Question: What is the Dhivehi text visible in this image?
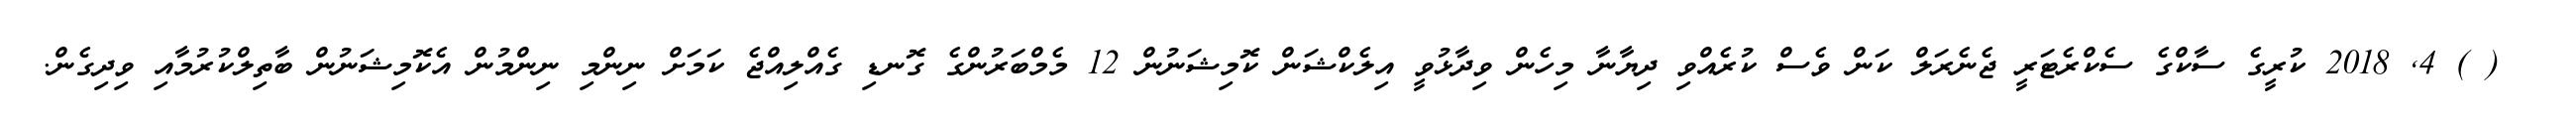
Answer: ? ( ) 4, 2018 ކުރީގެ ސާކްގެ ސެކްރެޓަރީ ޖެނެރަލް ކަން ވެސް ކުރެއްވި ދިޔާނާ މިހެން ވިދާޅުވީ އިލެކްޝަން ކޮމިޝަނުން 12 މެމްބަރުންގެ ގޮނޑި ގެއްލިއްޖެ ކަމަށް ނިންމި ނިންމުން އެކޮމިޝަނުން ބާތިލްކުރުމާއި ވިދިގެން.